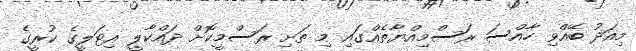
މިއަދު ބޭއްވި ހާއްސަ ރަސްމިއްޔާތެއްގައި މި ތަށި ރަސްމީކޮށް ދައްކާލީ އިޓަލީގެ ކުރީގެ